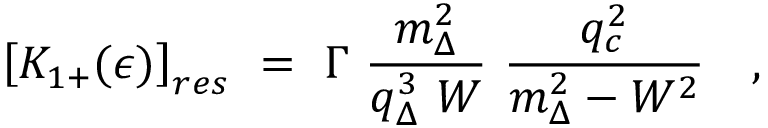
\left[ K _ { 1 + } ( \epsilon ) \right] _ { r e s } \ = \ \Gamma \ \frac { m _ { \Delta } ^ { 2 } } { q _ { \Delta } ^ { 3 } \ W } \ \frac { q _ { c } ^ { 2 } } { m _ { \Delta } ^ { 2 } - W ^ { 2 } } \ \ \ ,